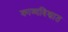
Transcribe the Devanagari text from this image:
काव्यविश्वात